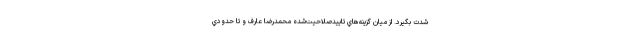
شدت بگيرد. از ميان گزينه‌هاي تاييدصلاحيت‌شده محمدرضا عارف و تا حدودي